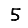
Digit: 5